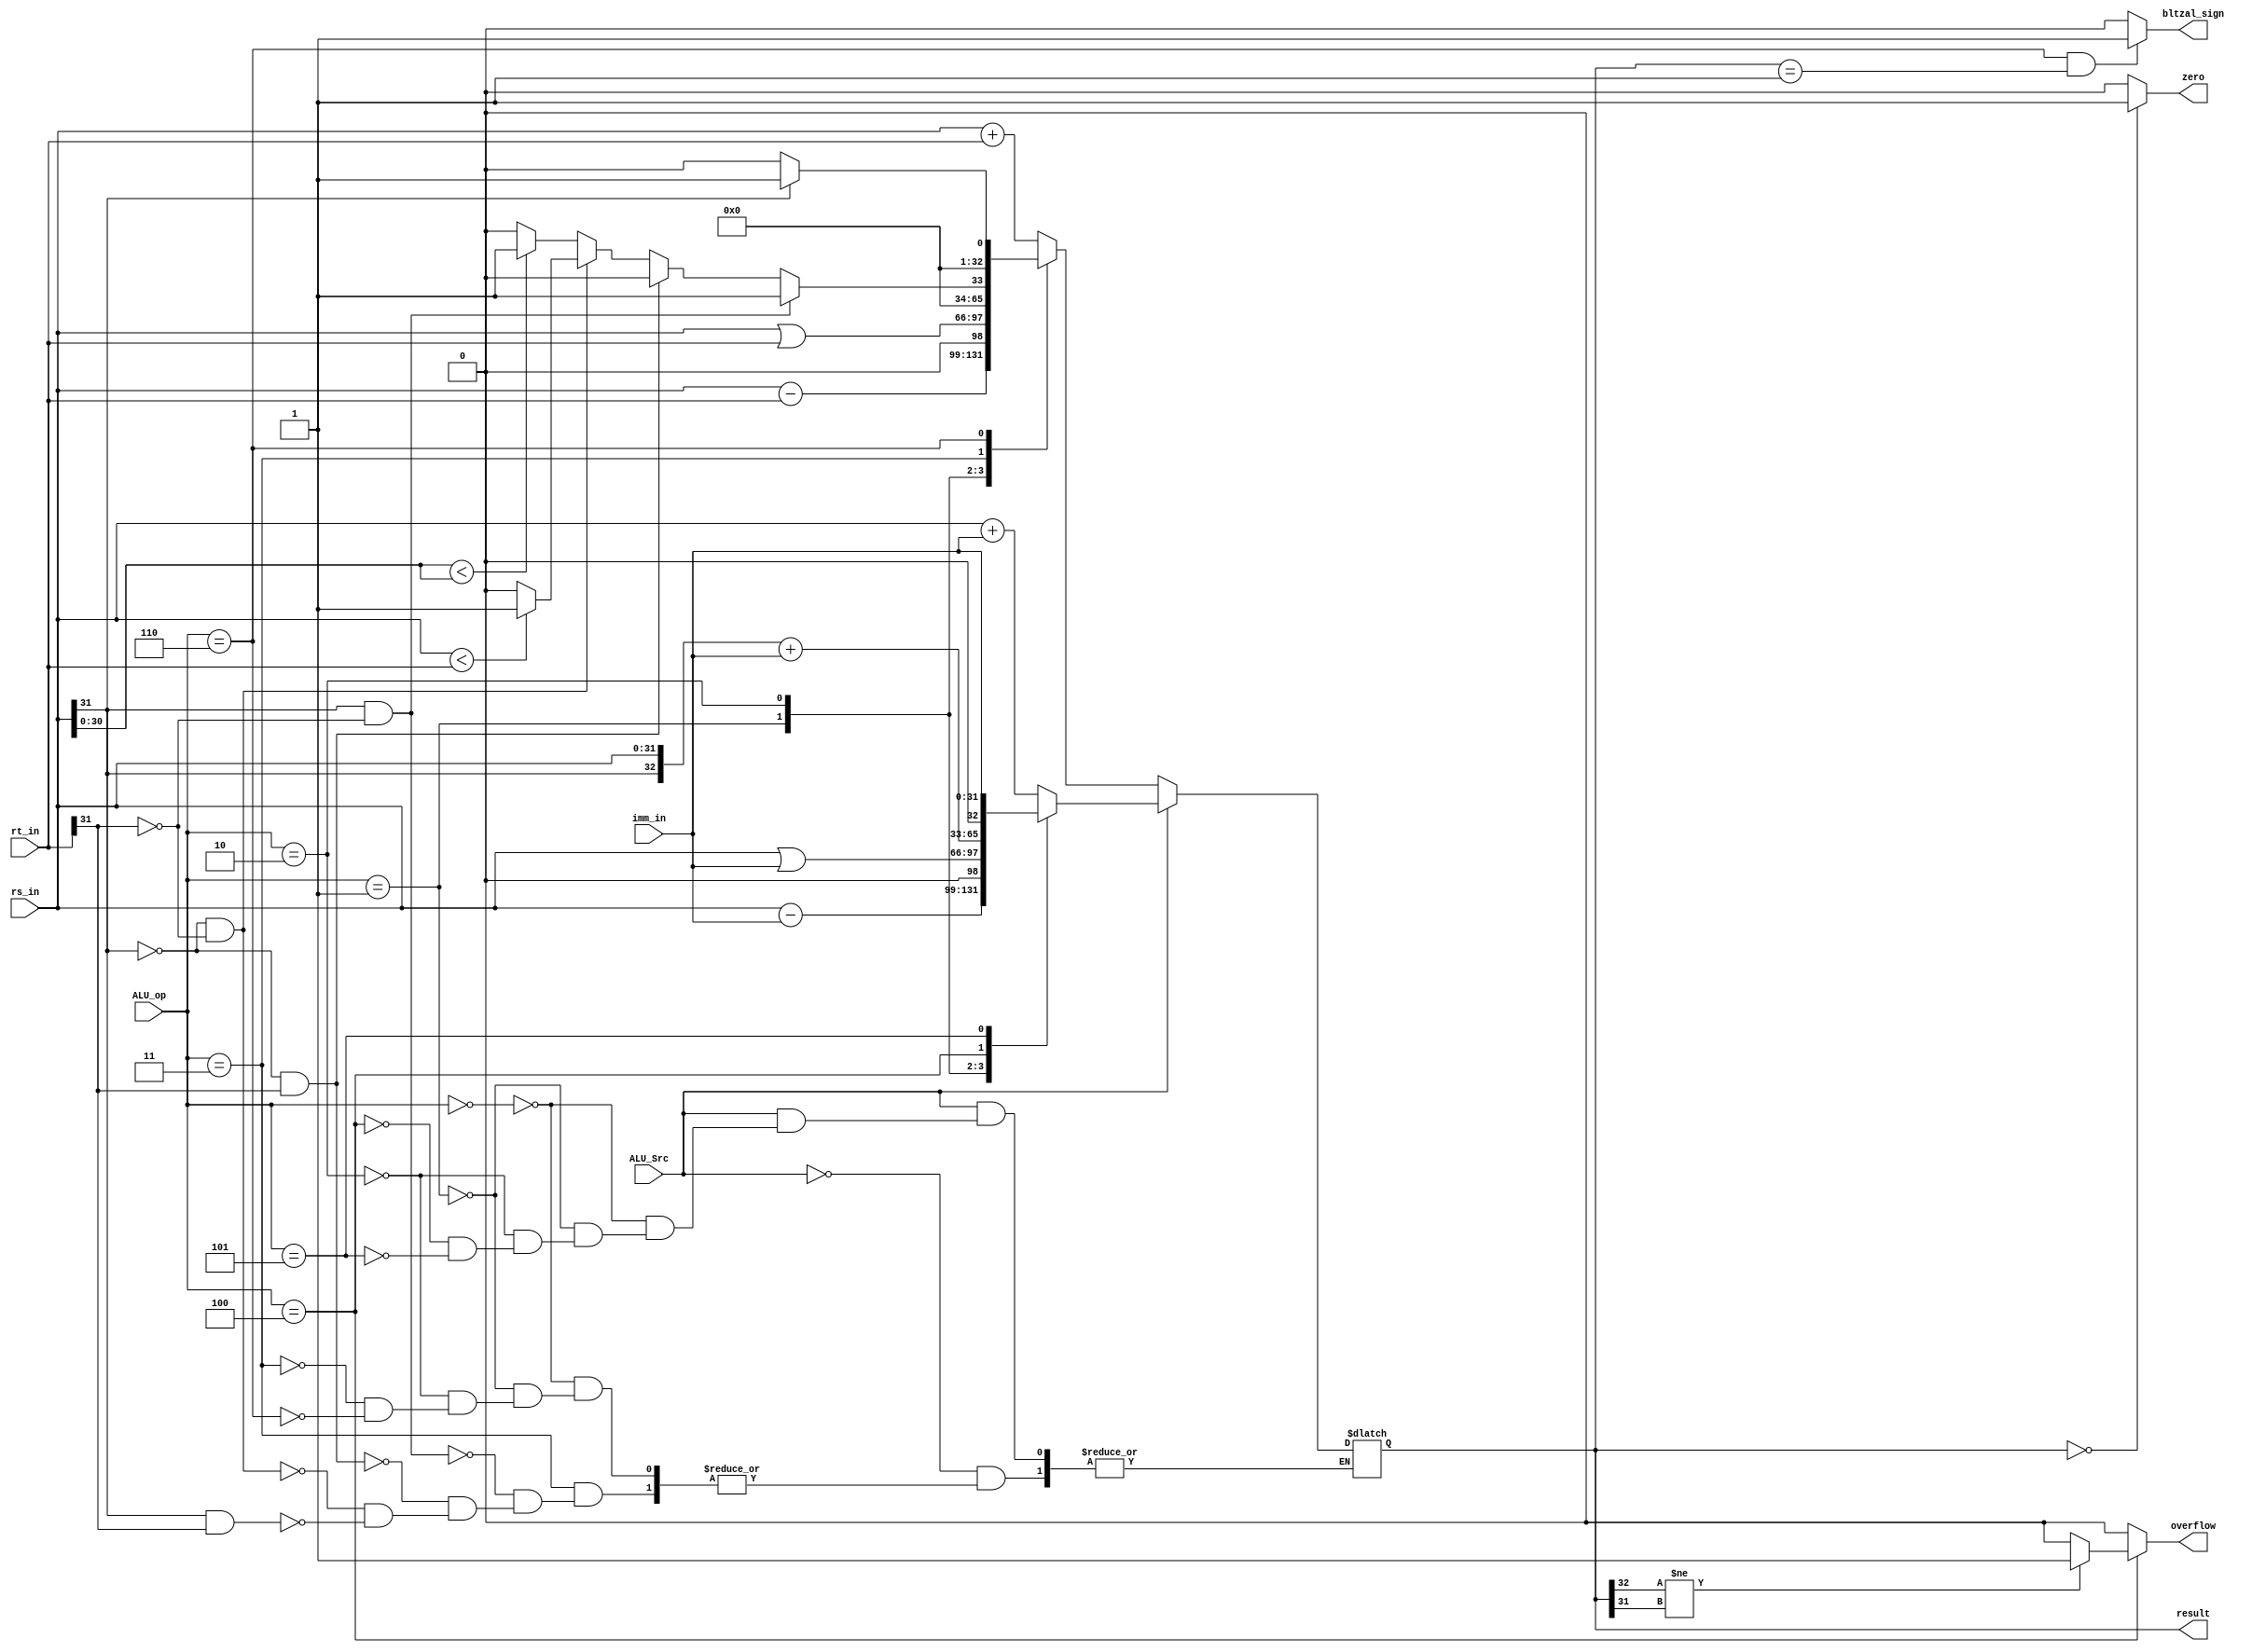
module ALU(
    input ALU_Src,
    input [2:0]ALU_op,
    input [31:0]rs_in,rt_in,imm_in,
    output overflow,zero,bltzal_sign,
    output reg [32:0]result
    );

    always@(*)
    begin
        case(ALU_Src)  
            1'b0:       //rt
            begin
                case(ALU_op)
                    3'b000: result<=rs_in + rt_in;    
                    3'b001: result<=rs_in - rt_in;
                    3'b010: result<=rs_in | rt_in;
                    3'b011: begin
                                if(rs_in[31]==1 && rt_in[31]==0 )     result<=1;
                                else if(rs_in[31]==0 && rt_in[31]==1) result<=0;
                                else if(rs_in[31]==0 && rt_in[31]==0) result<=(rs_in<rt_in)?1:0;
                                else if(rs_in[31]==1 && rt_in[31]==1) result<=(rs_in[30:0]<rs_in[30:0])?1:0;
                            end
                    3'b110: begin
                                if(rs_in[31] == 1) result<=1;
                                else result<=0;
                            end          
                endcase
            end
            1'b1:  //
            begin
                case(ALU_op)
                    3'b000: result<=rs_in + imm_in;
                    3'b001: result<=rs_in - imm_in;
                    3'b010: result<=rs_in | imm_in;
                    3'b100: result={rs_in[31],rs_in[31:0]}+imm_in;
                    3'b101: result<=imm_in; 
                endcase
            end
        endcase
    end

    assign zero=(result==0)?1:0;

    assign overflow=(ALU_op==3'b100)?( (result[32]!=result[31])?1:0 ):0;

    assign bltzal_sign = (ALU_op==3'b110 && result==1)?1:0;


endmodule